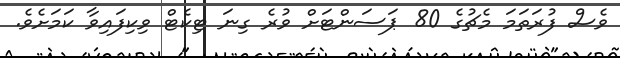
ވެސް ފުރަތަމަ މެޗުގެ 80 ޕަސަންޓަށް ވުރެ ގިނަ ޓިކެޓް ވިކިފައިވާ ކަމަށެވެ.